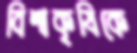
বিশ্বকৃষিকে